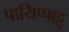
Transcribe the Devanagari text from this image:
पायिप्पाट्टु